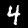
Label: 4